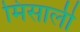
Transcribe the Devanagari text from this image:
मिसाली